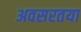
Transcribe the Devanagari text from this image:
अवसरतया